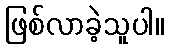
ဖြစ်လာခဲ့သူပါ။